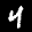
Label: 4